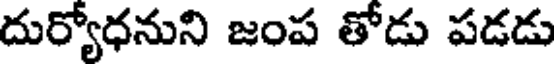
దుర్యోధనుని జంప తోడు పడడు